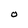
Character: O